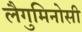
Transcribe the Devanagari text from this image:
लैगुमिनोसी